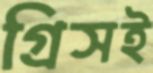
গ্রিসই